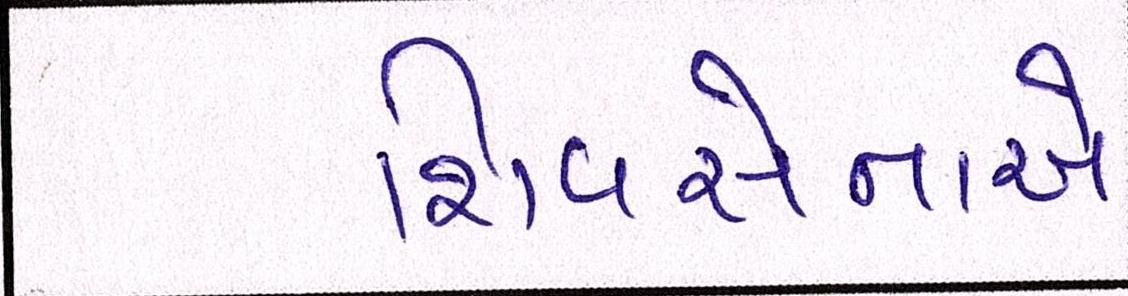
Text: શિવસેનાએ